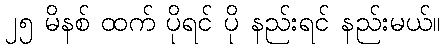
၂၅ မိနစ် ထက် ပိုရင် ပို နည်းရင် နည်းမယ်။